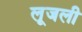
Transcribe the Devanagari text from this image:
लूजली